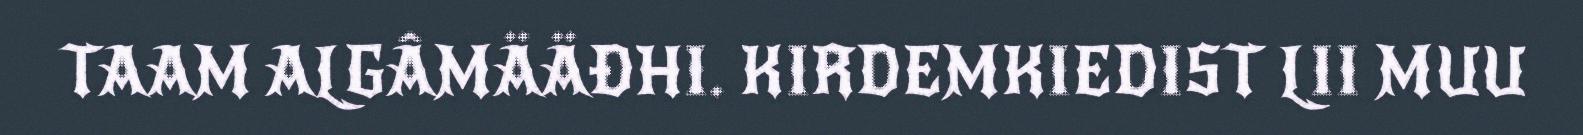
TAAM ALGÂMÄÄĐHI. KIRDEMKIEDIST LII MUU